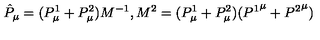
\hat { P } _ { \mu } = ( P _ { \mu } ^ { 1 } + P _ { \mu } ^ { 2 } ) M ^ { - 1 } , M ^ { 2 } = ( P _ { \mu } ^ { 1 } + P _ { \mu } ^ { 2 } ) ( { P ^ { 1 } } ^ { \mu } + { P ^ { 2 } } ^ { \mu } )